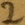
Text: 2